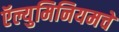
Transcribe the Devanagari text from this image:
ऍल्युमिनियमचे